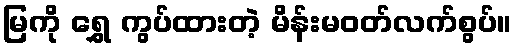
မြကို ရွှေ ကွပ်ထားတဲ့ မိန်းမဝတ်လက်စွပ်။